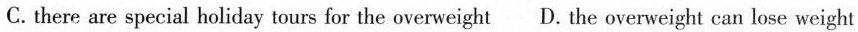
C. there are special holiday tours for the overweight D. The overweight can lose weight